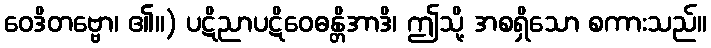
ဝေဒိတဗ္ဗော၊ ၏။) ပဋိညာပဋိဝေဓန္တိအာဒိ၊ ဤသို့ အစရှိသော စကားသည်။